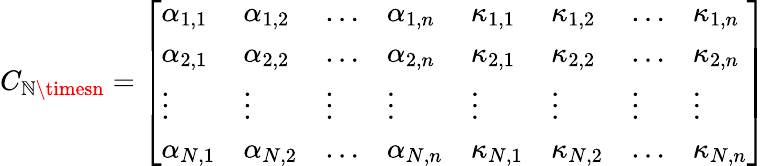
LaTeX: C_{\mathbb{N}\timesn}=\left[\begin{array}{llllllll}{\alpha_{1,1}}&{\alpha_{1,2}}&{\dots}&{\alpha_{1,n}}&{\kappa_{1,1}}&{\kappa_{1,2}}&{\dots}&{\kappa_{1,n}}\\ {\alpha_{2,1}}&{\alpha_{2,2}}&{\dots}&{\alpha_{2,n}}&{\kappa_{2,1}}&{\kappa_{2,2}}&{\dots}&{\kappa_{2,n}}\\ {\vdots}&{\vdots}&{\vdots}&{\vdots}&{\vdots}&{\vdots}&{\vdots}&{\vdots}\\ {\alpha_{N,1}}&{\alpha_{N,2}}&{\dots}&{\alpha_{N,n}}&{\kappa_{N,1}}&{\kappa_{N,2}}&{\dots}&{\kappa_{N,n}}\end{array}\right]